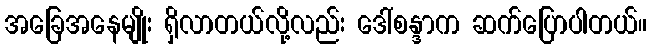
အခြေအနေမျိုး ရှိလာတယ်လို့လည်း ဒေါ်စန္ဒာက ဆက်ပြောပါတယ်။